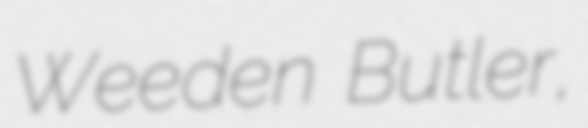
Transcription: Weeden Butler,